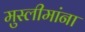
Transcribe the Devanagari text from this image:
मुस्लीमांना